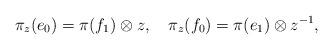
LaTeX: \begin{align*}\pi_z(e_0)=\pi(f_1)\otimes z,\quad\pi_z(f_0)=\pi(e_1)\otimes z^{-1},\end{align*}